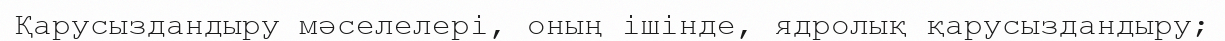
Қарусыздандыру мәселелері, оның ішінде, ядролық қарусыздандыру;